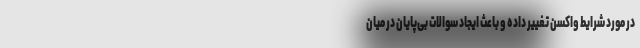
در مورد شرایط واکسن تغییر داده و باعث ایجاد سوالات بی‌پایان در میان